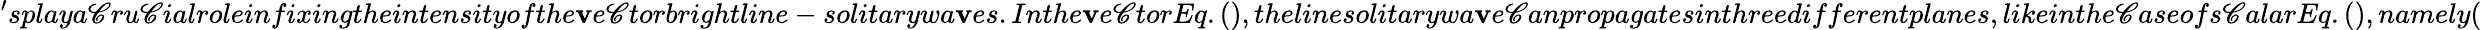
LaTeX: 'splaya\mathscr{C}ru\mathscr{C}ialroleinfixingtheintensityofthe\mathbf{v}e\mathscr{C}torbrightline-solitarywa\mathbf{v}es.Inthe\mathbf{v}e\mathscr{C}torEq.(),thelinesolitarywa\mathbf{v}e\mathscr{C}anpropagatesinthreedifferentplanes,likeinthe\mathscr{C}aseofs\mathscr{C}alarEq.(),namely(